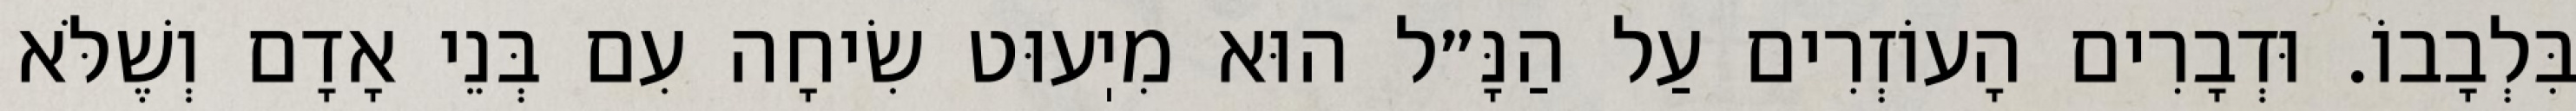
בִּלְבָבוֹ. וּדְבָרִים הָעוֹזְרִים עַל הַנָּ״ל הוּא מִיֽעוּט שִׂיחָה עִם בְּנֵי אָדָם וְשֶׁלֹּא